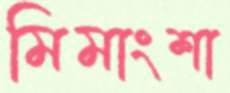
মিমাংশা